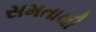
સમતાથી